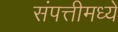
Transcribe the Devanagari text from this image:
संपत्तीमध्ये